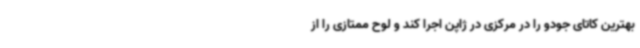
بهترین کاتای جودو را در مرکزی در ژاپن اجرا کند و لوح ممتازی را از